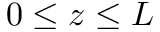
0 \le z \le L